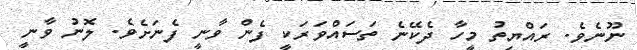
ނޫނެވެ. ރައްޔިތު މީހާ ދެކޭނެ ތަސައްވަރަކީ ފެން ވާނީ ފެނަށެވެ. ލޮނު ވާނީ